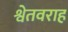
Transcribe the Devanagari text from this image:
श्वेतवराह